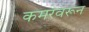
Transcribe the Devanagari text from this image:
कमरेवरून